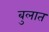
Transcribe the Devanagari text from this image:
बुलात